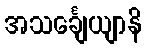
အသင်္ချေယျာနိ